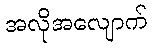
အလိုအလျောက်